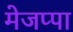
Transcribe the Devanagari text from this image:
मेजप्पा